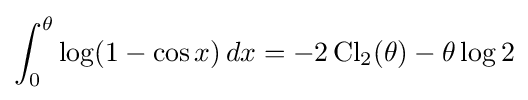
\int _{0}^{\theta }\log(1-\cos x)\,dx=-2\operatorname {Cl} _{2}(\theta )-\theta \log 2